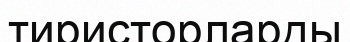
тиристорларды